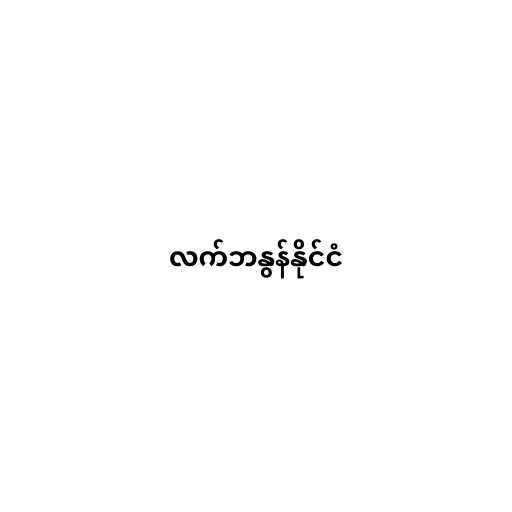
လက်ဘနွန်နိုင်ငံ